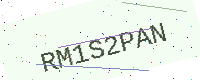
Text: RM1S2PAN